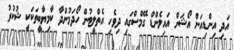
އަދި އިންޑިއަން އޯޝަން އައިލެންޑް ގޭމްސްގައި ދިވެހި އެތްލީޓުން ހޯދަމުންދާ ކާމިޔާބީތަކަކީ ޝުކުރު